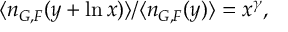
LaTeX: \langle n _ { G , F } ( y + \ln x ) \rangle / \langle n _ { G , F } ( y ) \rangle = x ^ { \gamma } ,